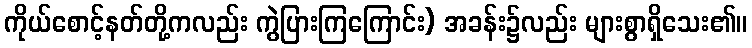
ကိုယ်စောင့်နတ်တို့ကလည်း ကွဲပြားကြကြောင်း) အခန်း၌လည်း များစွာရှိသေး၏။